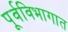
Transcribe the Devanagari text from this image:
पूर्वविभागात